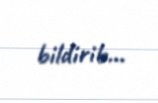
bildirib...